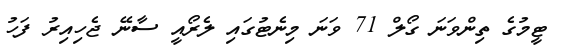
ޓީމުގެ ތިންވަނަ ގޯލް 71 ވަނަ މިނެޓުގައި ލެރޯއީ ސާނޭ ޖެހިއިރު ފަހު